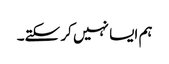
ہم ایسا نہیں کر سکتے۔